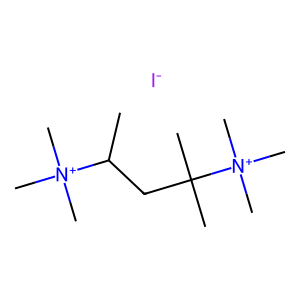
SMILES: CC(CC(C)(C)[N+](C)(C)C)[N+](C)(C)C.[I-]
Inhibits HIV replication: No